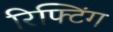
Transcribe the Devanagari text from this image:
रिफ्टिंग